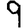
Digit: 9